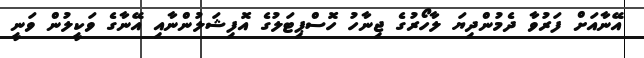
އޭނާއަށް ފަރުވާ ދެމުންދިޔަ ލާހޯރުގެ ޖިނާހު ހޮސްޕިޓަލުގެ އޮފިޝަލުންނާއި އޭނާގެ ވަކީލުން ވަނީ